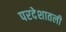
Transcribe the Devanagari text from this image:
परदेशातली